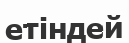
етіндей